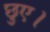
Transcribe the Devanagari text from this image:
छुए।